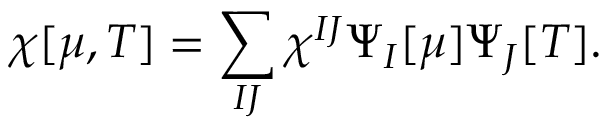
\chi [ \mu , T ] = \sum _ { I J } \chi ^ { I J } \Psi _ { I } [ \mu ] \Psi _ { J } [ T ] .